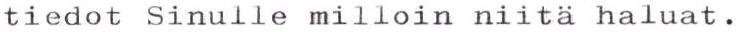
tiedot Sinulle milloin niitä haluat.